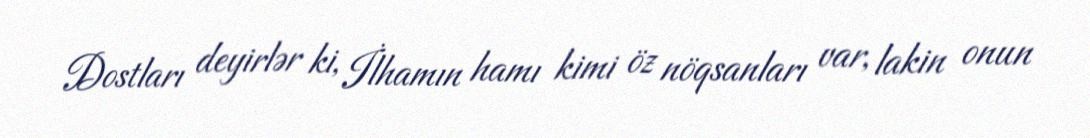
Dostları deyirlər ki, İlhamın hamı kimi öz nöqsanları var, lakin onun